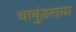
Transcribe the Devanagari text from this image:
चावुंडराया